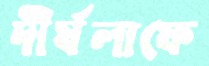
দীর্ঘলাফে